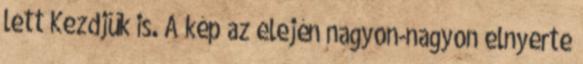
lett Kezdjük is. A kép az elején nagyon-nagyon elnyerte